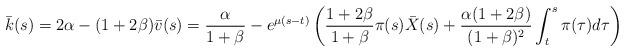
LaTeX: \begin{align*} \bar k(s) = 2\alpha - (1+2\beta)\bar v(s) = \frac{\alpha}{1+\beta} - e^{\mu(s-t)}\left(\frac{1+2\beta}{1+\beta}\pi(s)\bar X(s) + \frac{\alpha(1+2\beta)}{(1+\beta)^2}\int_t^s \pi(\tau)d\tau \right)\end{align*}